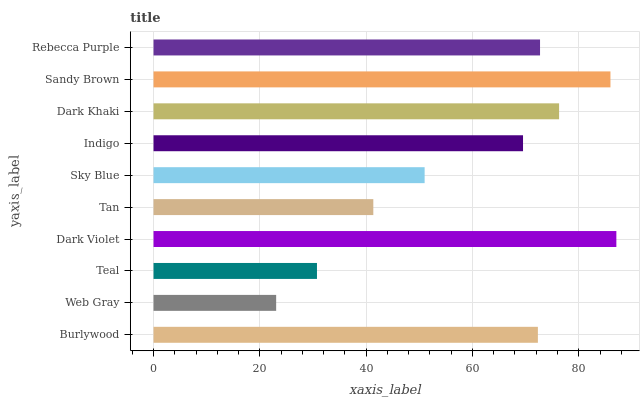
| yaxis_label | bars |
 | --- | --- |
 | Burlywood | 72.3 |
 | Web Gray | 23.1 |
 | Teal | 30.7 |
 | Dark Violet | 87.1 |
 | Tan | 41.3 |
 | Sky Blue | 51 |
 | Indigo | 69.5 |
 | Dark Khaki | 76.3 |
 | Sandy Brown | 86 |
 | Rebecca Purple | 72.7 |